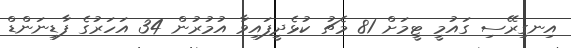
އިނގިރޭސި ގައުމީ ޓީމަށް 81 މެޗު ކުޅެދީފައިވާ އުމުރުން 34 އަހަރުގެ ފާޑިނަންޑް